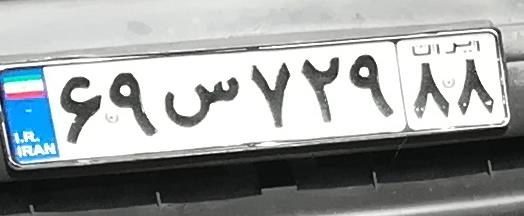
۶۹س۷۲۹۸۸